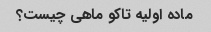
ماده اولیه تاکو ماهی چیست؟